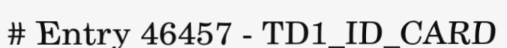
# Entry 46457 - TD1_ID_CARD